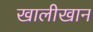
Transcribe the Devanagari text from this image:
खालीखान